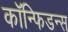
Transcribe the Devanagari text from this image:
कॉन्फिडन्स